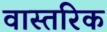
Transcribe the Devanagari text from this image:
वास्तरिक